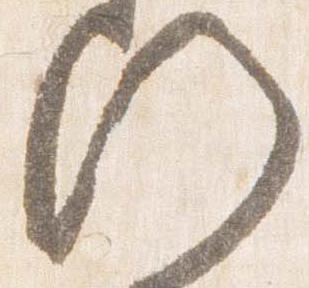
門